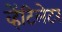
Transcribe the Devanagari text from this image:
व्हेंटिलेटर